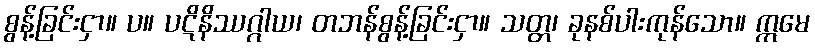
စွန့်ခြင်းငှာ။ ပ။ ပဋိနိဿဂ္ဂါယ၊ တဘန်စွန့်ခြင်းငှာ။ သတ္တ၊ ခုနစ်ပါးကုန်သော။ ဣမေ